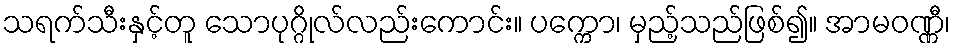
သရက်သီးနှင့်တူ သောပုဂ္ဂိုလ်လည်းကောင်း။ ပက္ကော၊ မှည့်သည်ဖြစ်၍။ အာမဝဏ္ဏီ၊